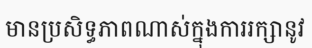
មានប្រសិទ្ធភាពណាស់ក្នុងការរក្សានូវ